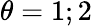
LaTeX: \theta=1;2